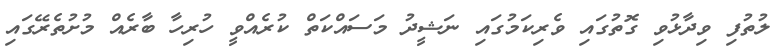
ލުތުފި ވިދާޅުވި ގޮތުގައި ވެރިކަމުގައި ނަޝީދު މަސައްކަތް ކުރެއްވީ ހުރިހާ ބާރެއް މުށުތެރޭގައި